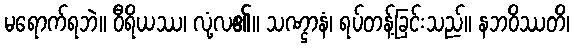
မရောက်ရဘဲ။ ဝီရိယဿ၊ လုံ့လ၏။ သဏ္ဌာနံ၊ ရပ်တန့်ခြင်းသည်။ နဘဝိဿတိ၊